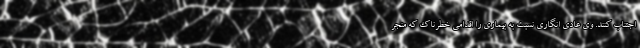
اجتناب کنند. وی عادی انگاری نسبت به بیماری را اقدامی خطرناک که منجر